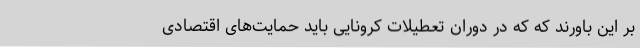
بر این باورند که که در دوران تعطیلات کرونایی باید حمایت‌های اقتصادی